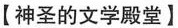
【神圣的文学殿堂】